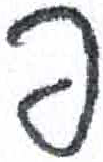
אות: פ